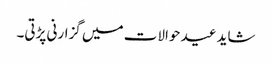
شاید عید حوالات میں گزارنی پڑتی۔